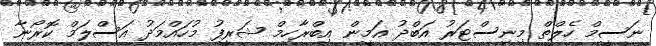
ނަސީމް ހެލްތް މިނިސްޓަރު އަބްދު އަމީން އިބްރާހިމް ޝަރީފު މުހައްމަދު އަސްލަމް ކޮރޯނާ